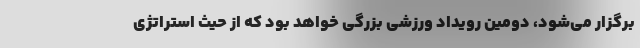
برگزار می‌شود، دومین رویداد ورزشی بزرگی خواهد بود که از حیث استراتژی